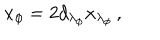
x _ { \phi } = 2 d _ { \lambda _ { \phi } } x _ { \lambda _ { \phi } } \, ,